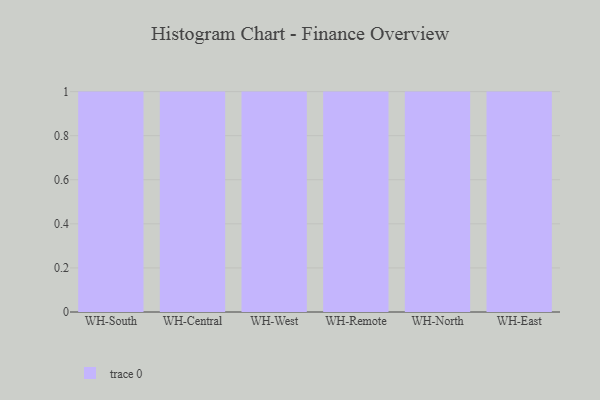
{"axis": {"x": "Warehouse", "y": "Market Share (%)"}, "legend": [""], "data": [{"x": "WH-South", "y": 90, "type": ""}, {"x": "WH-Central", "y": 70, "type": ""}, {"x": "WH-West", "y": 93, "type": ""}, {"x": "WH-Remote", "y": 83, "type": ""}, {"x": "WH-North", "y": 16, "type": ""}, {"x": "WH-East", "y": 11, "type": ""}]}